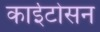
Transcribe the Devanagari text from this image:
काईटोसन